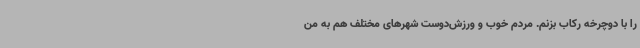
را با دوچرخه رکاب بزنم. مردم خوب و ورزش‌دوست شهرهای مختلف هم به من